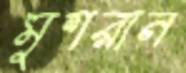
মুশরান